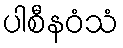
ပါစီနဝံသံ